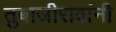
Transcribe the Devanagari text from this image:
तुबाजीरावांनी